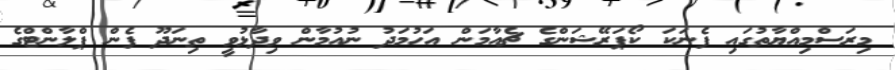
މިރަސްމިއްޔާތުގައި ފެނަކަ ކޯޕަރޭޝަންގެ ޗެއާމަން އަހުމަދު ނުއުމާން ވިދާޅުވީ ތިނަދޫ ފެން ޕްލާންޓްގެ